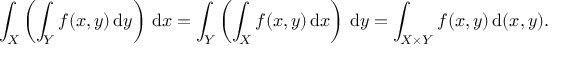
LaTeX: \int _ { X } \left( \int _ { Y } f ( x , y ) \, { \mathrm { d } } y \right) \, { \mathrm { d } } x = \int _ { Y } \left( \int _ { X } f ( x , y ) \, { \mathrm { d } } x \right) \, { \mathrm { d } } y = \int _ { X \times Y } f ( x , y ) \, { \mathrm { d } } ( x , y ) .